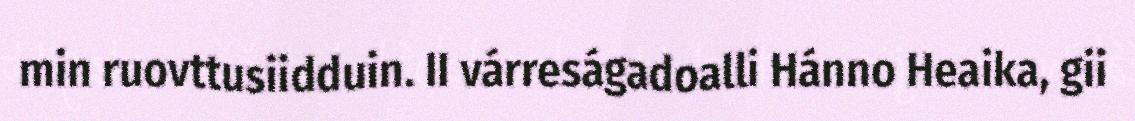
min ruovttusiidduin. II várreságadoalli Hánno Heaika, gii